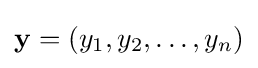
\mathbf {y} =(y_{1},y_{2},\ldots ,y_{n})